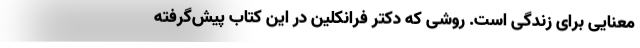
معنایی برای زندگی است. روشی که دکتر فرانکلین در این کتاب پیش‌گرفته